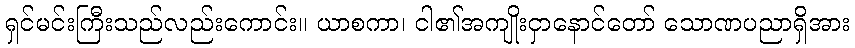
ရှင်မင်းကြီးသည်လည်းကောင်း။ ယာစကာ၊ ငါ၏အကျိုးငှာနောင်တော် သောဏပညာရှိအား